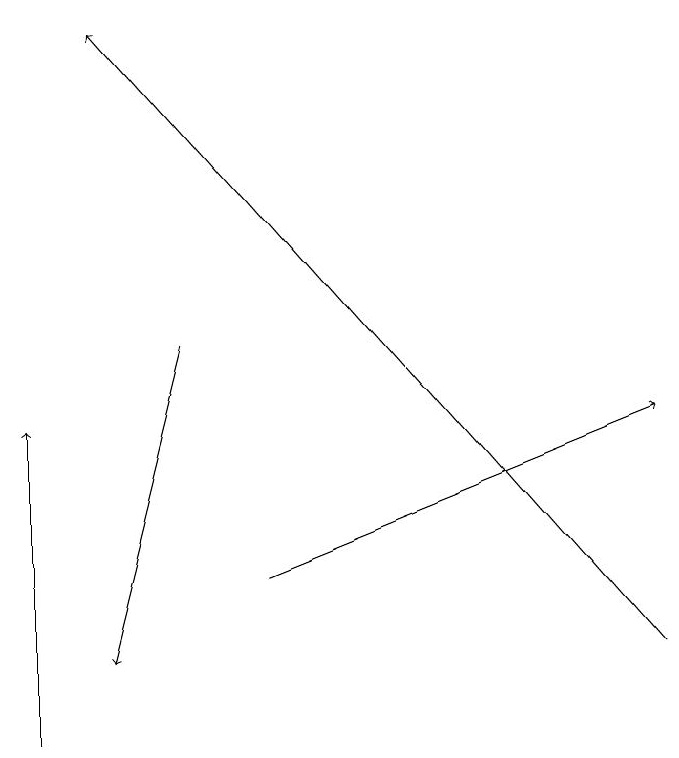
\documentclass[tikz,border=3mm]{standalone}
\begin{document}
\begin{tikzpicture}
\draw[->] (1,10) -- (1,14);
\draw[->] (9,11) -- (2,19);
\draw[->] (3,15) -- (2,11);
\draw[->] (4,12) -- (9,14);
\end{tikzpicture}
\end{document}